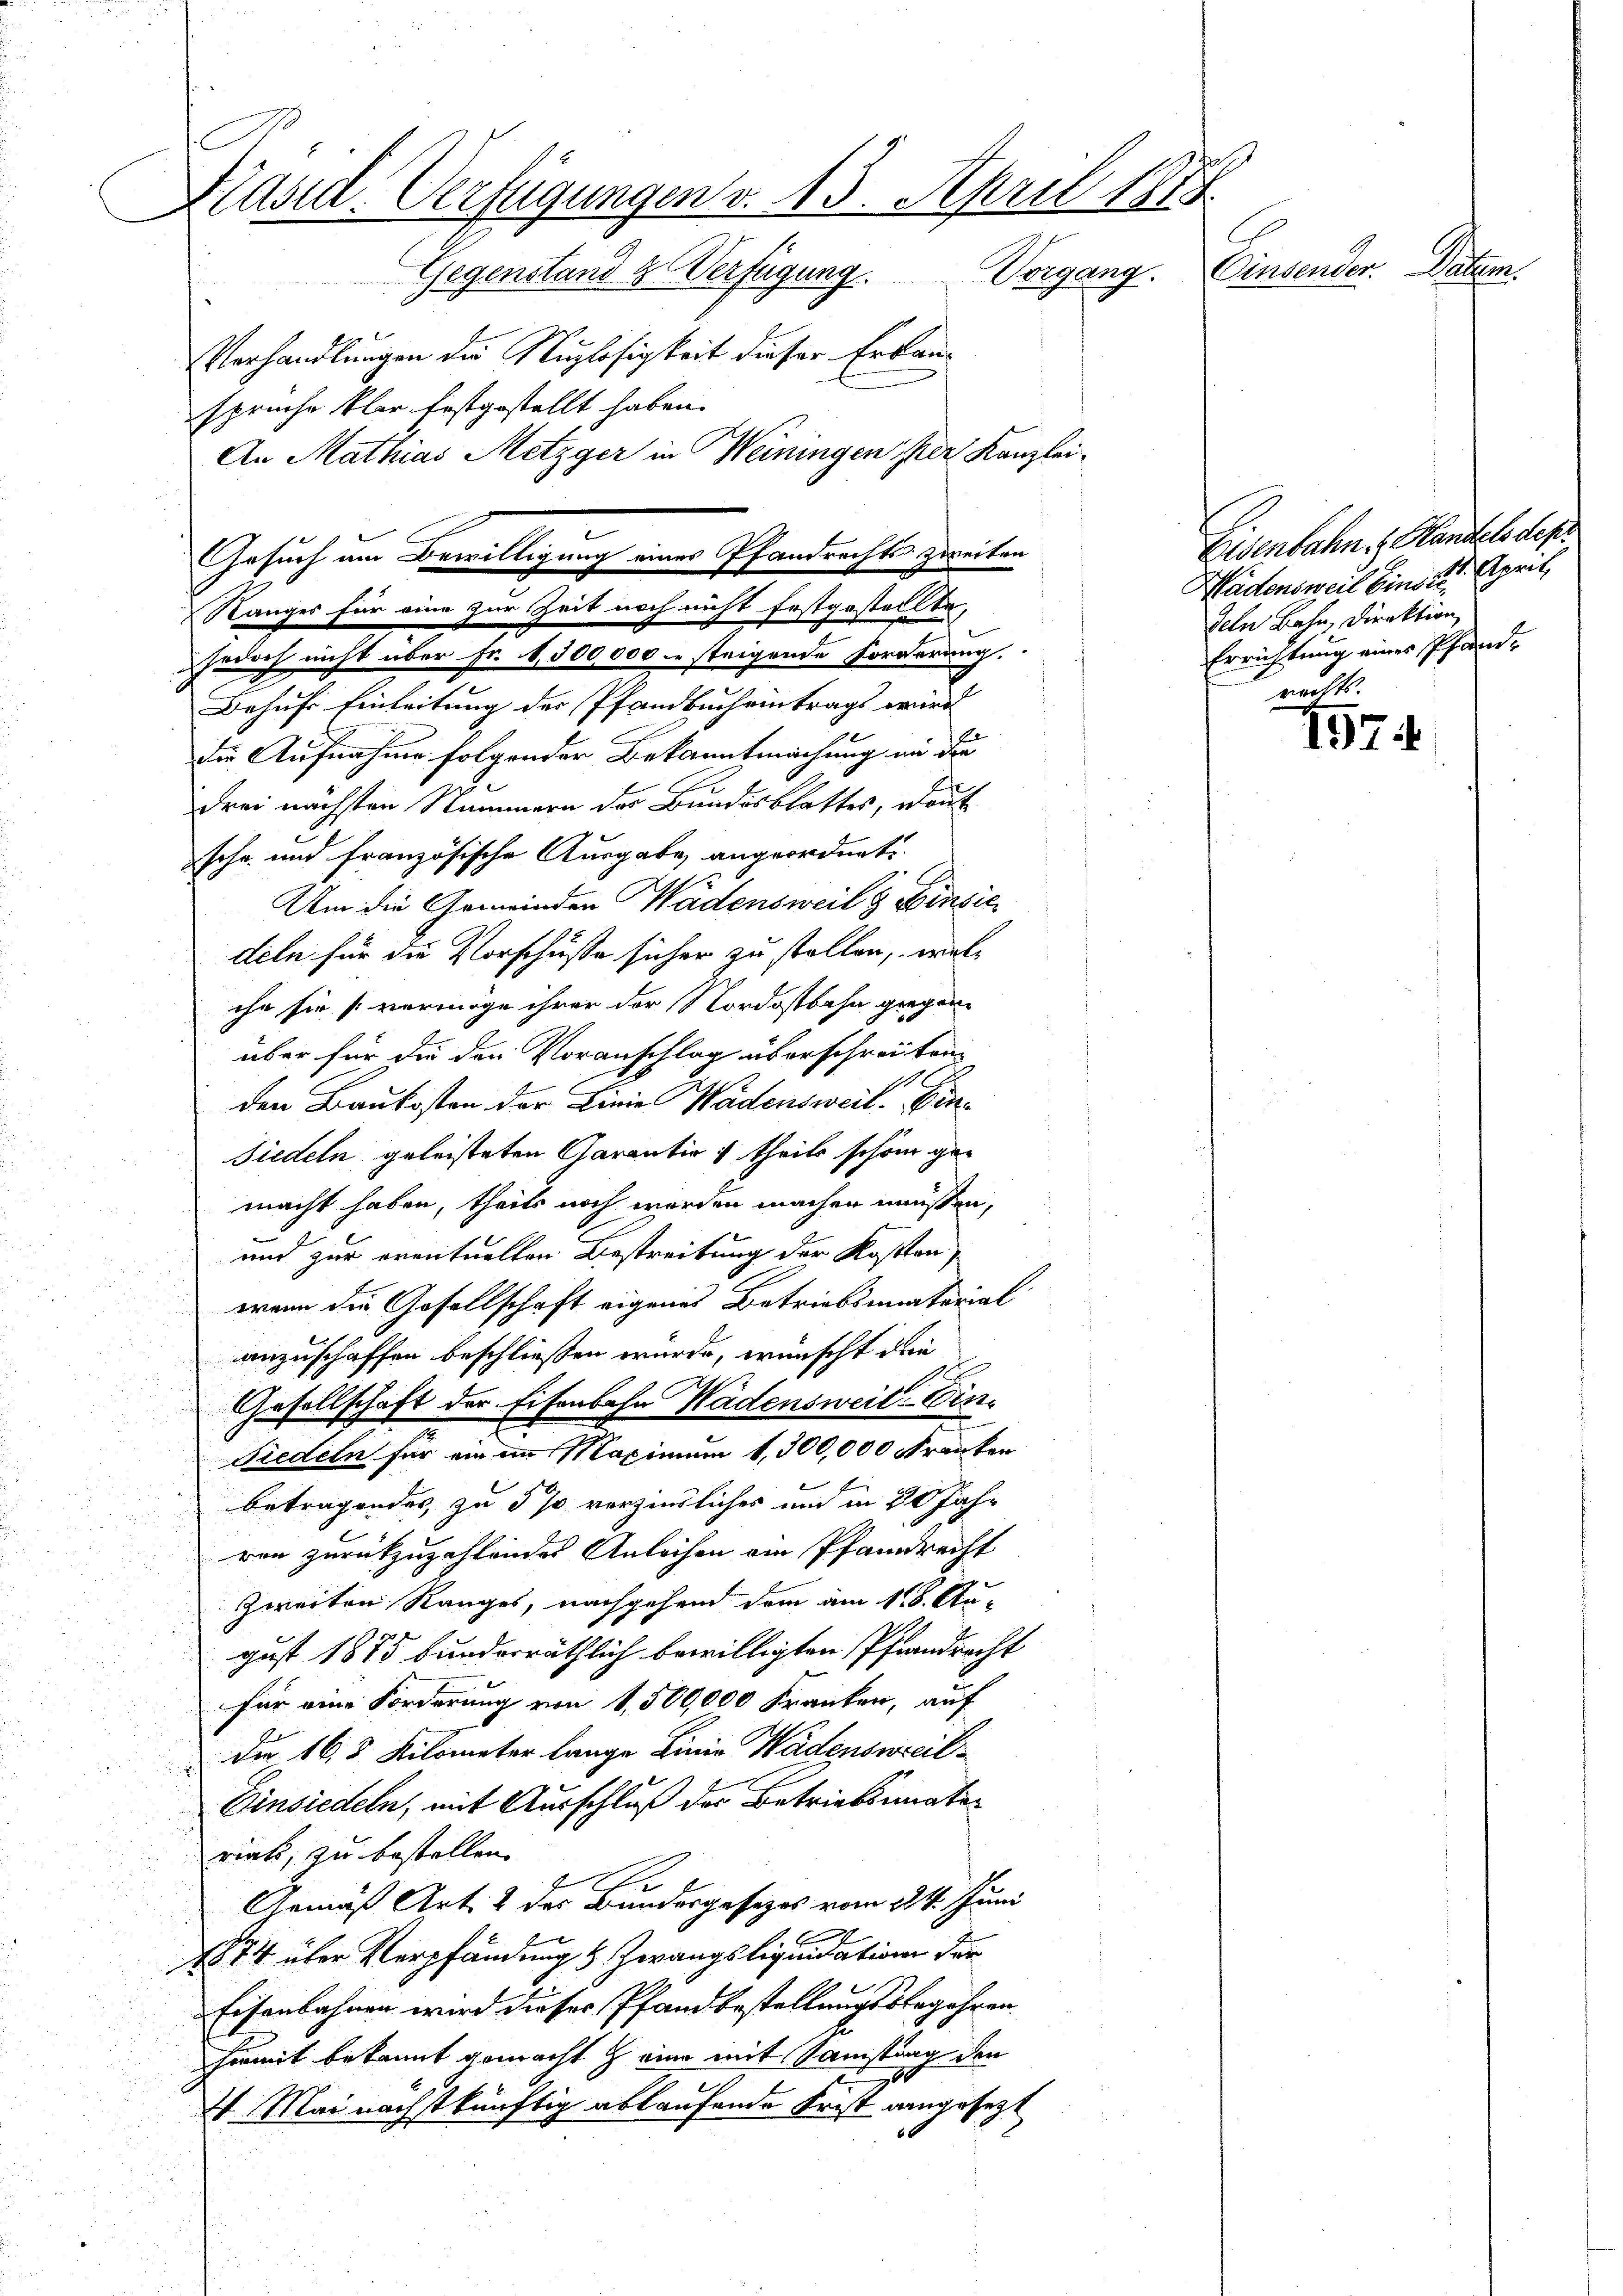
Präsid. Verfügungen v. 13. April 1874.
Cinsender. Daten.
Gegenstand & Verfügung. Vorgang.
Verhandlungen der Nuzlosigkeit dieser Erbauspruche klar festgestellt haben.
An Mathias Metzger in Weiningen ser Kanzlei¬
Eisenbahn. Handels des

jedoch nicht über Fr. 1,500,000 steigende Forderung.
Behufs Einleitung des Pfandbucheintrags wird
die Aufnahme folgender Bekanntmachung an die
drei nächsten Nummern der Bundesblattes, wort
schr. und französische Ausgabe angeordnet.
Um die Gemeinden Wädensweil & Einsic
deln für die Vorschüsse sicher zu stellen, welche sie vermöge ihrer der Nordostbahn gegen
über für die den Voranschlag überschreiten.
A
den Baukosten der Linie Wädensweil. Ein¬
Siedeln geleisteten Garantir 1 theils schön gemacht haben, theils noch werden machen müssen,
und zur eventuellen Bestreitung der Kosten,
wenn die Gesellschaft eigenes Betriebsmaterial
anzuschaffen beschliessen wurde, wünscht die
Gesellschaft der Eisenbahn Wädensweil: Ein¬
Niedeln für ein an Maximum 1,300,000 Franken
betragendes, zu 5 % verzierliches und in 20 Jahr
ren zurückzuzahlendes Anleihen am Pfandrecht
Zweiten Ranges, nachgehend dem am 11. Au-
gust 1875 bunderräthlich bewilligten Pflandrecht
für eine Forderung von 1,500,000 Franken, auf
 Der 163 Kilometer lange Linie Wädensweil
Einsiedeln, mit Ausschluß der Betriebsmater
riats, zu bestellen.
Gemäß Art. 2 des Bundesgesezes vom 24. Juni
1874 über Verpfändung & Zwangsliquidation der
Eisenbahnen wird dieses Pfandbestellungsbegehren
hiemit bekannt gemacht eine mit Samstung den
4. Mai nächstkünftig ablaufende Frist angesetzt

Gesuch um Bewilligung eines Pfandrachte zweiten
Ranges für eine zur Zeit noch nicht festgestellte,

Wädensweil bind 2. April,
deln Bahn, Direktion,
Errichtung eines Pfar
rechts.

497.